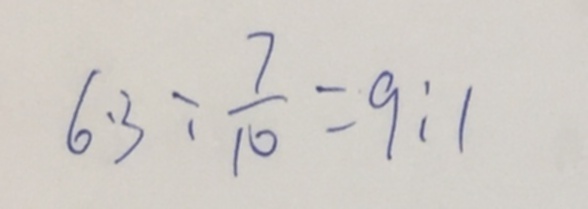
6 . 3 : \frac { 7 } { 1 0 } = 9 : 1